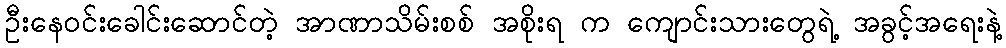
ဦးနေဝင်းခေါင်းဆောင်တဲ့ အာဏာသိမ်းစစ် အစိုးရ က ကျောင်းသားတွေရဲ့ အခွင့်အရေးနဲ့